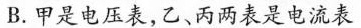
B.甲是电压表，乙、丙两表是电流表